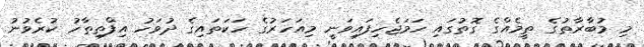
މި މުބާރާތުގެ ތީމެއްގެ ގޮތުގައި ހަމަޖެހިފައިވަނީ މިއަހަރުގެ ހަކަތައިގެ ދުވަހު އިފްތިތާހު ކުރެވުނު